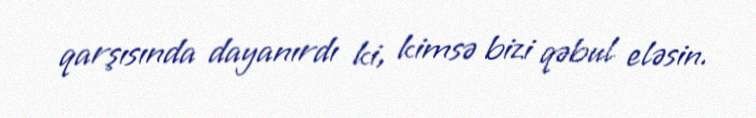
qarşısında dayanırdı ki, kimsə bizi qəbul eləsin.